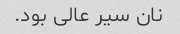
نان سیر عالی بود.